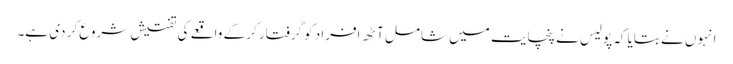
انہوں نے بتایا کہ پولیس نے پنچایت میں شامل آٹھ افراد کو گرفتار کر کے واقعے کی تفتیش شروع کر دی ہے۔